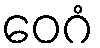
ဝေဂံ